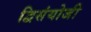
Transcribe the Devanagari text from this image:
द्विसंयोजी